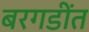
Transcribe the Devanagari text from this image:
बरगडींत